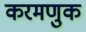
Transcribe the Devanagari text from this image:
करमणुक